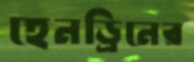
হেনড্রিনের